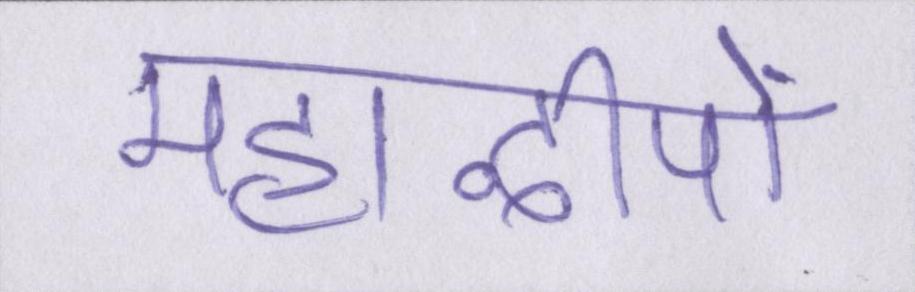
महाद्वीपों